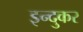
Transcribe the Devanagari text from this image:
इन्दुकर